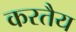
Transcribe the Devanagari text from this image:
करतैय